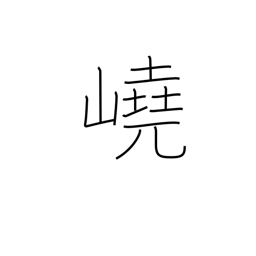
Meaning: towering